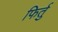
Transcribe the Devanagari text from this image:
फिर्तु